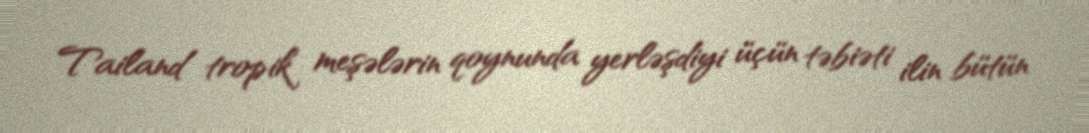
Tailand tropik meşələrin qoynunda yerləşdiyi üçün təbiəti ilin bütün